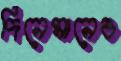
দিনেমানেও